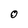
Character: O